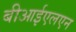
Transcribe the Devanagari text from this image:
बीआईएलएन